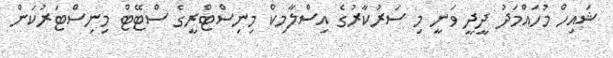
ޝައިހް މުހައްމަދު ދީދީ ވަނީ މި ސަރުކާރުގެ އިސްލާމިކް މިނިސްޓްރީގެ ސްޓޭޓް މިނިސްޓަރުކަން